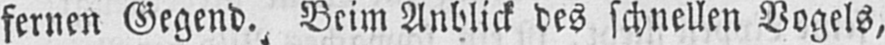
fernen Gegend. Beim Anblick des schnellen Vogels,